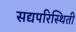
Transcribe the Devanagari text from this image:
सद्यपरिस्थिती